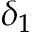
\delta _ { 1 }